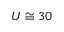
U \cong 3 0